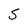
Character: S